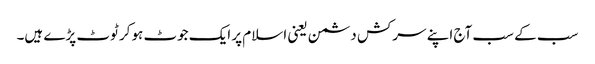
سب کے سب آج اپنے سرکش دشمن یعنی اسلام پر ایک جوٹ ہوکر ٹوٹ پڑے ہیں۔